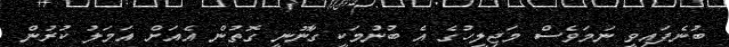
ބުނެފައިވީ ނަމަވެސް މަޖިލީހުގެ އެ ބުނުމަކީ ގާނޫނީ ގޮތުން އެއަށް އަމަލު ކުރުން